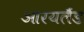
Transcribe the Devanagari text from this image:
आरयलैंड